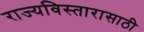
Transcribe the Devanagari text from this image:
राज्यविस्तारासाठी